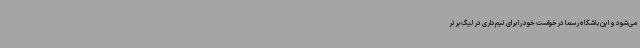
می‌شود و این باشگاه رسما درخواست خود را برای تیم‌داری در لیگ برتر